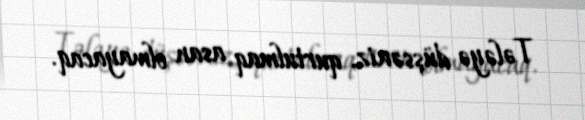
Tələyə düşsəniz, qurtulmaq asan olmayacaq.